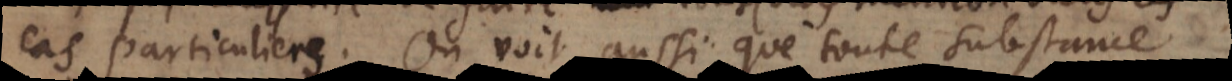
cas particuliers. On voit aussi que toute substance